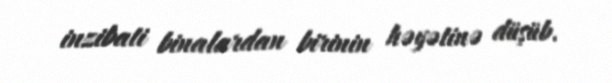
inzibati binalardan birinin həyətinə düşüb.